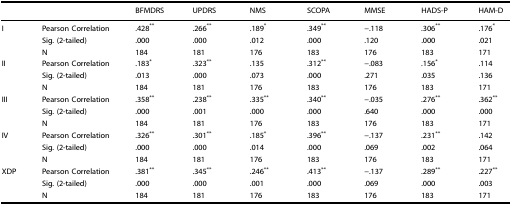
<table><thead><tr><td></td><td></td><td><b>BFMDRS</b></td><td><b>UPDRS</b></td><td><b>NMS</b></td><td><b>SCOPA</b></td><td><b>MMSE</b></td><td><b>HADS-P</b></td><td><b>HAM-D</b></td></tr></thead><tbody><tr><td>I</td><td>Pearson Correlation</td><td>.428<sup>**</sup></td><td>.266<sup>**</sup></td><td>.189<sup>*</sup></td><td>.349<sup>**</sup></td><td>−.118</td><td>.306<sup>**</sup></td><td>.176<sup>*</sup></td></tr><tr><td></td><td>Sig. (2-tailed)</td><td>.000</td><td>.000</td><td>.012</td><td>.000</td><td>.120</td><td>.000</td><td>.021</td></tr><tr><td></td><td>N</td><td>184</td><td>181</td><td>176</td><td>183</td><td>176</td><td>183</td><td>171</td></tr><tr><td>II</td><td>Pearson Correlation</td><td>.183<sup>*</sup></td><td>.323<sup>**</sup></td><td>.135</td><td>.312<sup>**</sup></td><td>−.083</td><td>.156<sup>*</sup></td><td>.114</td></tr><tr><td></td><td>Sig. (2-tailed)</td><td>.013</td><td>.000</td><td>.073</td><td>.000</td><td>.271</td><td>.035</td><td>.136</td></tr><tr><td></td><td>N</td><td>184</td><td>181</td><td>176</td><td>183</td><td>176</td><td>183</td><td>171</td></tr><tr><td>III</td><td>Pearson Correlation</td><td>.358<sup>**</sup></td><td>.238<sup>**</sup></td><td>.335<sup>**</sup></td><td>.340<sup>**</sup></td><td>−.035</td><td>.276<sup>**</sup></td><td>.362<sup>**</sup></td></tr><tr><td></td><td>Sig. (2-tailed)</td><td>.000</td><td>.001</td><td>.000</td><td>.000</td><td>.640</td><td>.000</td><td>.000</td></tr><tr><td></td><td>N</td><td>184</td><td>181</td><td>176</td><td>183</td><td>176</td><td>183</td><td>171</td></tr><tr><td>IV</td><td>Pearson Correlation</td><td>.326<sup>**</sup></td><td>.301<sup>**</sup></td><td>.185<sup>*</sup></td><td>.396<sup>**</sup></td><td>−.137</td><td>.231<sup>**</sup></td><td>.142</td></tr><tr><td></td><td>Sig. (2-tailed)</td><td>.000</td><td>.000</td><td>.014</td><td>.000</td><td>.069</td><td>.002</td><td>.064</td></tr><tr><td></td><td>N</td><td>184</td><td>181</td><td>176</td><td>183</td><td>176</td><td>183</td><td>171</td></tr><tr><td>XDP</td><td>Pearson Correlation</td><td>.381<sup>**</sup></td><td>.345<sup>**</sup></td><td>.246<sup>**</sup></td><td>.413<sup>**</sup></td><td>−.137</td><td>.289<sup>**</sup></td><td>.227<sup>**</sup></td></tr><tr><td></td><td>Sig. (2-tailed)</td><td>.000</td><td>.000</td><td>.001</td><td>.000</td><td>.069</td><td>.000</td><td>.003</td></tr><tr><td></td><td>N</td><td>184</td><td>181</td><td>176</td><td>183</td><td>176</td><td>183</td><td>171</td></tr></tbody></table>